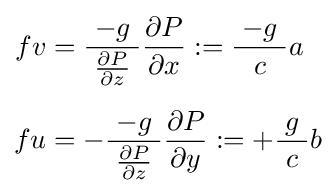
{\begin{aligned}fv&={\frac {\;-g\;}{\;{\frac {\partial P}{\partial z}}\;}}{\frac {\partial P}{\partial x}}:={\frac {\;-g\;}{\;c\;}}a\\[5px]fu&=-{\frac {\;-g\;}{\;{\frac {\partial P}{\partial z}}\;}}{\frac {\partial P}{\partial y}}:=+{\frac {\;g\;}{\;c\;}}b\end{aligned}}